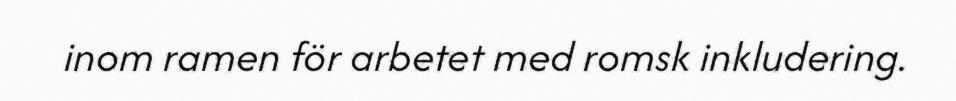
inom ramen för arbetet med romsk inkludering.